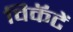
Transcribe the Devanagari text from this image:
विकॅटें